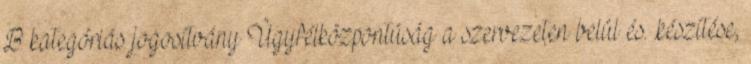
B kategóriás jogosítvány Ügyfélközpontúság a szervezeten belül és. .készítése,